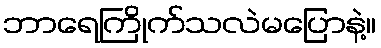
ဘာရေကြိုက်သလဲမပြောနဲ့။